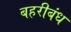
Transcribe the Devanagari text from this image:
बहरीबंध